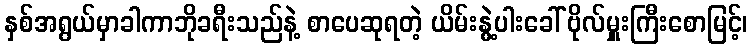
နှစ်အရွယ်မှာခါကာဘိုခရီးသည်နဲ့ စာပေဆုရတဲ့ ယိမ်းနွဲ့ပါးခေါ် ဗိုလ်မှူးကြီးစောမြင့်၊